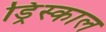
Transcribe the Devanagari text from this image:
ड्रिस्काल